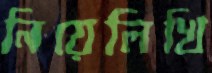
নিয়েলিখি